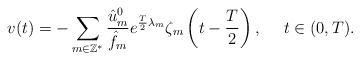
\begin{align*} v(t)=-\sum_{m\in\mathbb{Z}^*}\frac{\hat{u}_{m}^{0}}{\hat{f}_m}e^{\frac{T}{2}\lambda_m}\zeta_m\left(t-\frac{T}{2}\right),\ \ \ \ t\in(0,T).\end{align*}